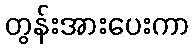
တွန်းအားပေးကာ